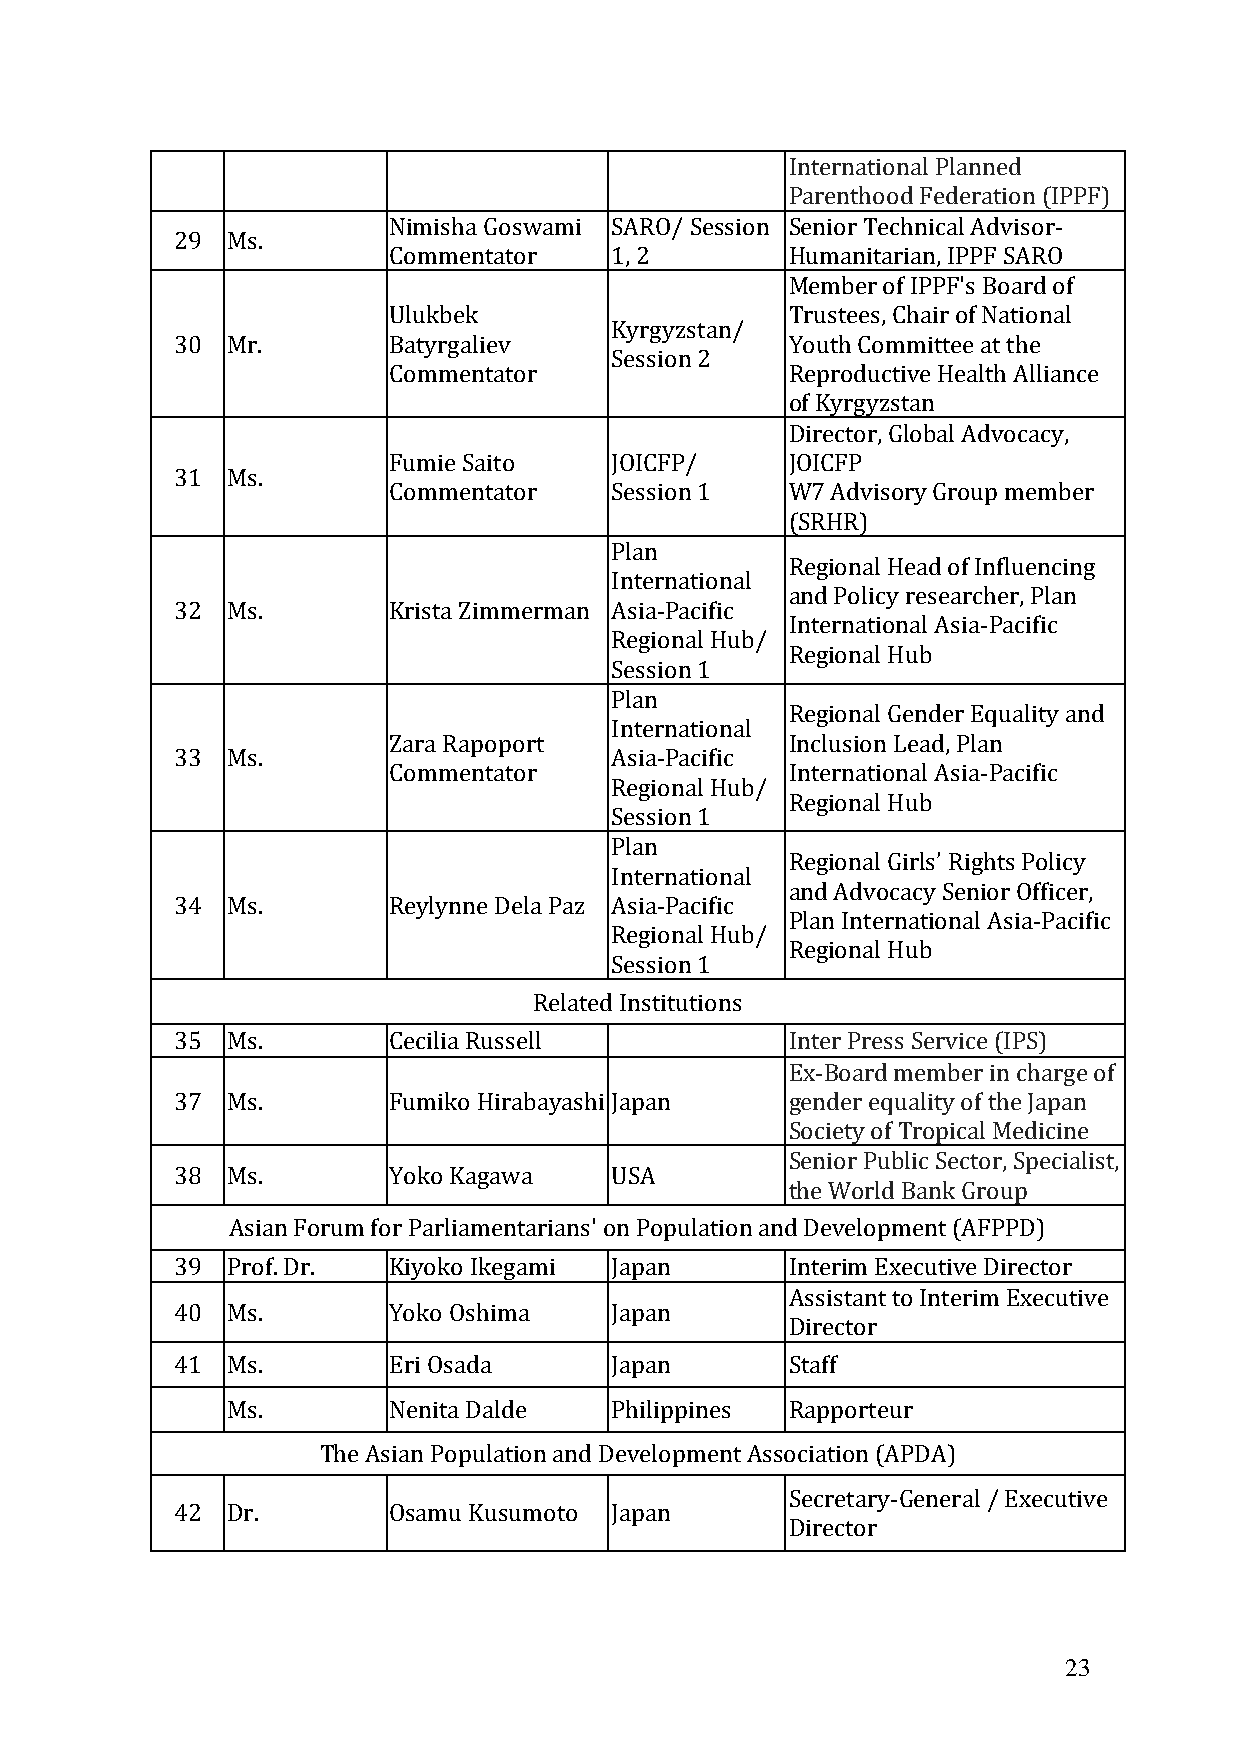
International Planned
 Parenthood Federation (IPPF)
 Nimisha Goswami SARO/ Session Senior Technical Advisor-
 29  Ms.
 Commentator   1, 2        Humanitarian, IPPF SARO
 Member of IPPF's Board of
 Ulukbek                   Trustees, Chair of National
 Kyrgyzstan/
 30  Mr.        Batyrgaliev               Youth Committee at the
 Session 2
 Commentator               Reproductive Health Alliance
 of Kyrgyzstan
 Director, Global Advocacy,
 Fumie Saito   JOICFP/     JOICFP
 31  Ms.
 Commentator   Session 1   W7 Advisory Group member
 (SRHR)
 Plan
 Regional Head of Influencing
 International
 and Policy researcher, Plan
 32  Ms.        K rista Zimmerman Asia-Pacific
 International Asia-Pacific
 Regional Hub/
 Regional Hub
 Session 1
 Plan
 Regional Gender Equality and
 International
 Zara Rapoport             Inclusion Lead, Plan
 33  Ms.                      Asia-Pacific
 Commentator               International Asia-Pacific
 Regional Hub/
 Regional Hub
 Session 1
 Plan
 Regional Girls’ Rights Policy
 International
 and Advocacy Senior Officer,
 34  Ms.        Reylynne Dela Paz Asia-Pacific
 Plan International Asia-Pacific
 Regional Hub/
 Regional Hub
 Session 1
 Related Institutions
 35  Ms.        Cecilia Russell           Inter Press Service (IPS)
 Ex-Board member in charge of
 37  Ms.        Fumiko Hirabayashi Japan  gender equality of the Japan
 Society of Tropical Medicine
 Senior Public Sector, Specialist,
 38  Ms.        Yoko Kagawa   USA
 the World Bank Group
 Asian Forum for Parliamentarians' on Population and Development (AFPPD)
 39  Prof. Dr.  Kiyoko Ikegami Japan      Interim Executive Director
 Assistant to Interim Executive
 40  Ms.        Yoko Oshima   Japan
 Director
 41  Ms.        Eri Osada     Japan       Staff
 Ms.        Nenita Dalde  Philippines Rapporteur
 The Asian Population and Development Association (APDA)
 Secretary-General / Executive
 42  Dr.        Osamu Kusumoto Japan
 Director
 23